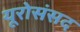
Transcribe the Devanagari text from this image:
यूरोसंसद